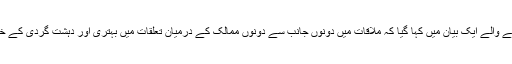
افغان وفد کے ارکان سے سرتاج عزیز کی ملاقات کے بعد جاری ہونے والے ایک بیان میں کہا گیا کہ ملاقات میں دونوں جانب سے دونوں ممالک کے درمیان تعلقات میں بہتری اور دہشت گردی کے خاتمے کے لیے باہمی تعاون کو جاری رکھنے کی امید ظاہر کی گئی۔